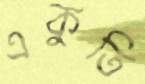
একুতি